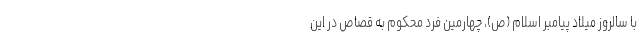
با سالروز میلاد پیامبر اسلام (ص)، چهارمین فرد محکوم به قصاص در این